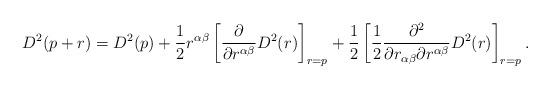
LaTeX: \begin{align*}D^2 (p+r) = D^2 (p) + \frac{1}{2} r^{\alpha\beta} \left [ \frac{\partial}{\partial r^{\alpha\beta}} D^2(r)\right]_{r=p} + \frac{1}{2} \left[ \frac{1}{2} \frac{\partial^2}{\partial r_{\alpha\beta} \partial r^{\alpha\beta}} D^2 (r) \right]_{r=p} .\end{align*}